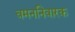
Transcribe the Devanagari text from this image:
वमननिवारक